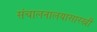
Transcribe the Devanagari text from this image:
संचालनालयासारखी